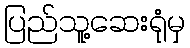
ပြည်သူ့ဆေးရုံမှ